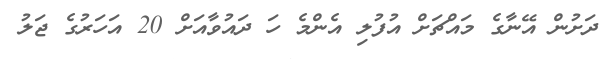
ދަށުން އޭނާގެ މައްޗަށް އުފުލި އެންމެ ހަ ދައުވާއަށް 20 އަހަރުގެ ޖަލު